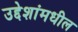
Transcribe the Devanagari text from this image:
उद्देशांमधील